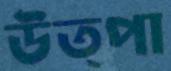
উত্পা